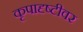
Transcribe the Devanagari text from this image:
कृपादृष्टीवर